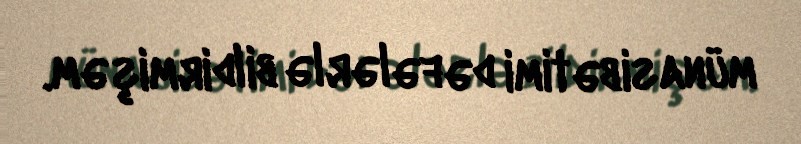
münasibətimi dəfələrlə bildirmişəm.